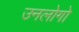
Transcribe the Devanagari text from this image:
उनलोगो